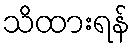
သိထားရန်